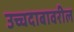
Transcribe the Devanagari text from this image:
उच्चदाबावरील